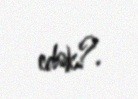
edək?.